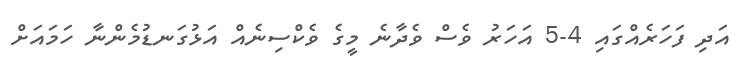
އަދި ފަހަރެއްގައި 4-5 އަހަރު ވެސް ވެދާނެ މީގެ ވެކްސިނެއް އަޅުގަނޑުމެންނާ ހަމައަށް